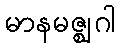
မာနမဇ္ဈဂါ